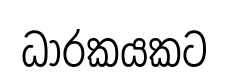
ධාරකයකට